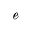
\boldsymbol { \mathscr { e } }